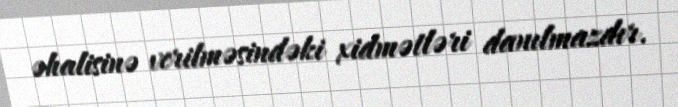
əhalisinə verilməsindəki xidmətləri danılmazdır.